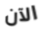
الآن